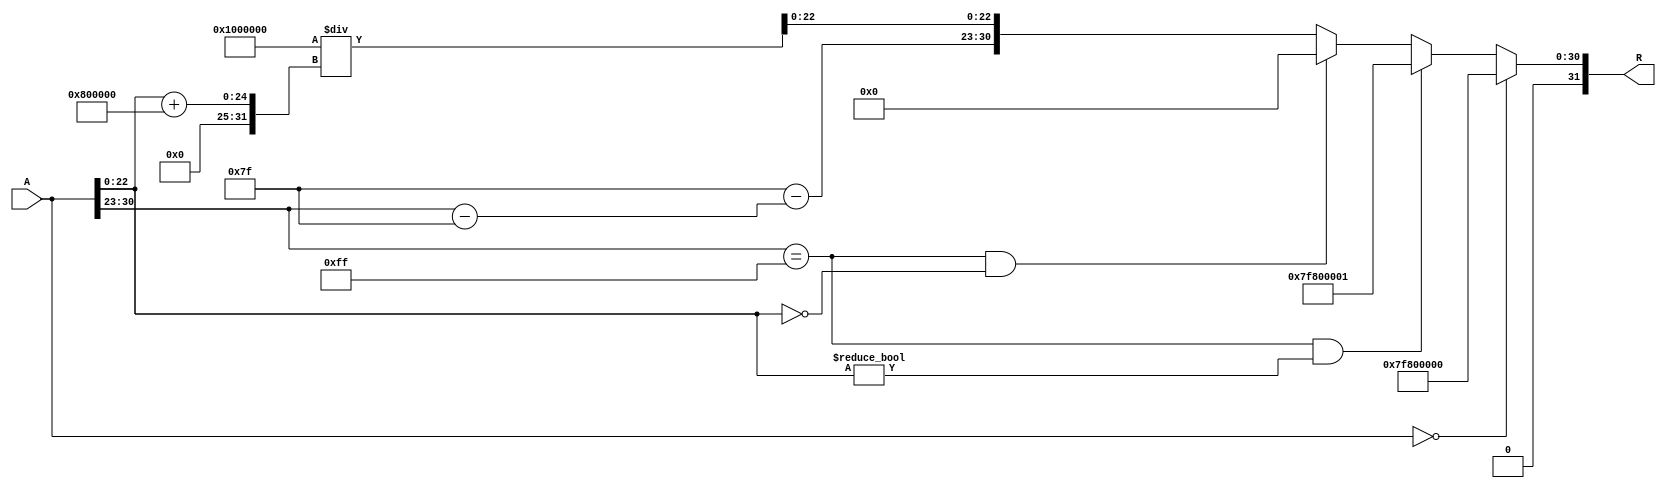
module floating_point_reciprocal (
    input wire [31:0] A,     // Input: 32-bit IEEE 754 floating-point number
    output reg [31:0] R      // Output: 32-bit IEEE 754 floating-point reciprocal
);

    // Constants
    localparam EXPONENT_BIAS = 127;
    localparam EXPONENT_BITS = 8;
    localparam MANTISSA_BITS = 23;

    // Internal signals
    wire sign;
    wire [EXPONENT_BITS-1:0] exponent;
    wire [MANTISSA_BITS-1:0] mantissa;
    reg [31:0] reciprocal_mantissa;
    reg [EXPONENT_BITS-1:0] output_exponent;
    reg output_sign;

    // Decompose the input floating-point number
    assign sign = A[31];
    assign exponent = A[30:23];
    assign mantissa = A[22:0];

    // Handle special cases
    always @(*) begin
        // Default output
        R = 32'b0;

        // Check for zero input
        if (A == 32'b0) begin
            R = {1'b0, 8'b11111111, 23'b0}; // Set to infinity
        end
        // Check for NaN
        else if (exponent == 8'b11111111 && mantissa != 23'b0) begin
            R = {1'b0, 8'b11111111, 23'b1}; // Set to NaN
        end
        // Check for infinity
        else if (exponent == 8'b11111111 && mantissa == 23'b0) begin
            R = 32'b0; // Set to zero
        end
        // Normal case
        else begin
            // Calculate reciprocal of the mantissa
            reciprocal_mantissa = (1 << (MANTISSA_BITS + 1)) / (mantissa + (1 << MANTISSA_BITS)); // Adding implicit leading 1

            // Calculate output exponent
            output_exponent = EXPONENT_BIAS - (exponent - EXPONENT_BIAS);

            // Set output sign (always 0 for reciprocal of positive numbers)
            output_sign = 1'b0;

            // Assemble the output
            R = {output_sign, output_exponent, reciprocal_mantissa[MANTISSA_BITS-1:0]};
        end
    end

endmodule